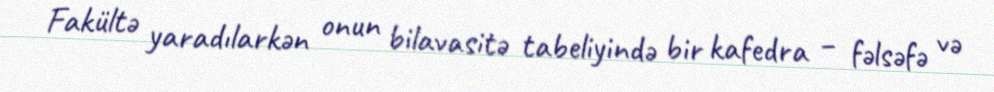
Fakültə yaradılarkən onun bilavasitə tabeliyində bir kafedra – fəlsəfə və